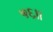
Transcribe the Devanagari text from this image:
५६।।